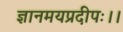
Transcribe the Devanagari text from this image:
ज्ञानमयप्रदीपः।।